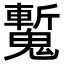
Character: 𩴕